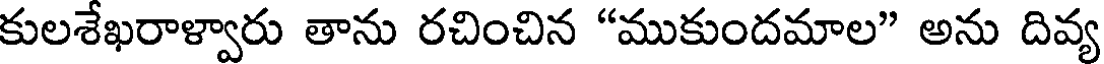
కులశేఖరాళ్వారు తాను రచించిన "ముకుందమాల" అను దివ్య